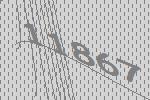
11867